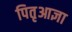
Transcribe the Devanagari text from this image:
पितृआज्ञा